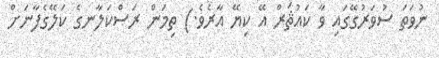
ނުވަތަ ސުވަރުގޭގައި ވާ ކައުޘަރް އޭ ކިޔޭ އާރެވެ.) ތިމަން ރަސްކަލާނގެ ކަލޭގެފާނަށް